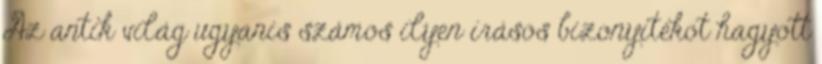
Az antik világ ugyanis számos ilyen írásos bizonyítékot hagyott